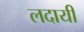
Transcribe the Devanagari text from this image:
लदायी